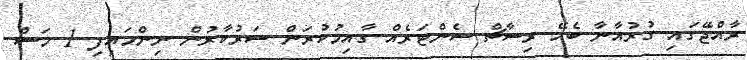
ރާއްޖޭގައި ގުރުއާނާ ބެހޭ ރިސާޗް ސެންޓަރެއް ގާއިމުކުރަން ސަރުކާރުން ނިންމައިފި 1 މަސް